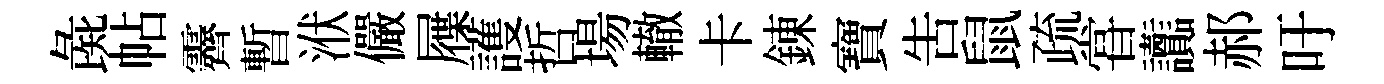
彘帖霽暫洑儼屧護哲場轍卡錬寶吿鼠疏甞讟郝吁